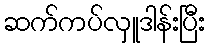
ဆက်ကပ်လှူဒါန်းပြီး